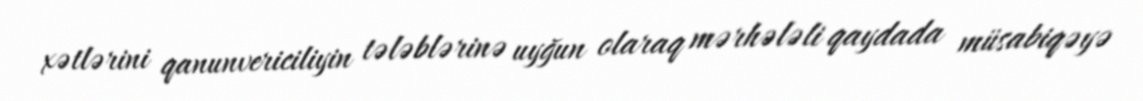
xətlərini qanunvericiliyin tələblərinə uyğun olaraq mərhələli qaydada müsabiqəyə